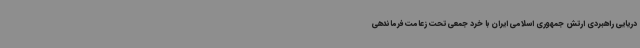
دریایی راهبردی ارتش جمهوری اسلامی ایران با خرد جمعی تحت زعامت فرماندهی